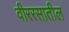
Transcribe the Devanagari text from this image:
वीररसातील